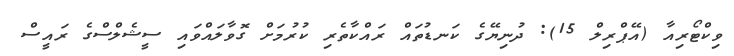
ވިކްޓޯރިއާ (އޭޕްރިލް 15): ދުނިޔޭގެ ކަނޑުތައް ރައްކާތެރި ކުރުމަށް ގޮވާލައްވައި ސީޝެލްސްގެ ރައީސް